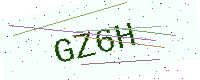
Text: GZ6H